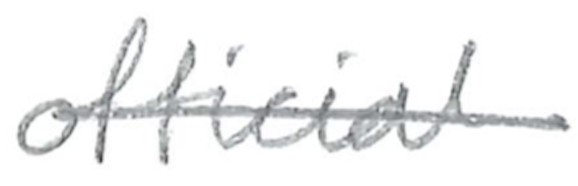
Text: official
Cross-out: single-line
Writing tool: pencil